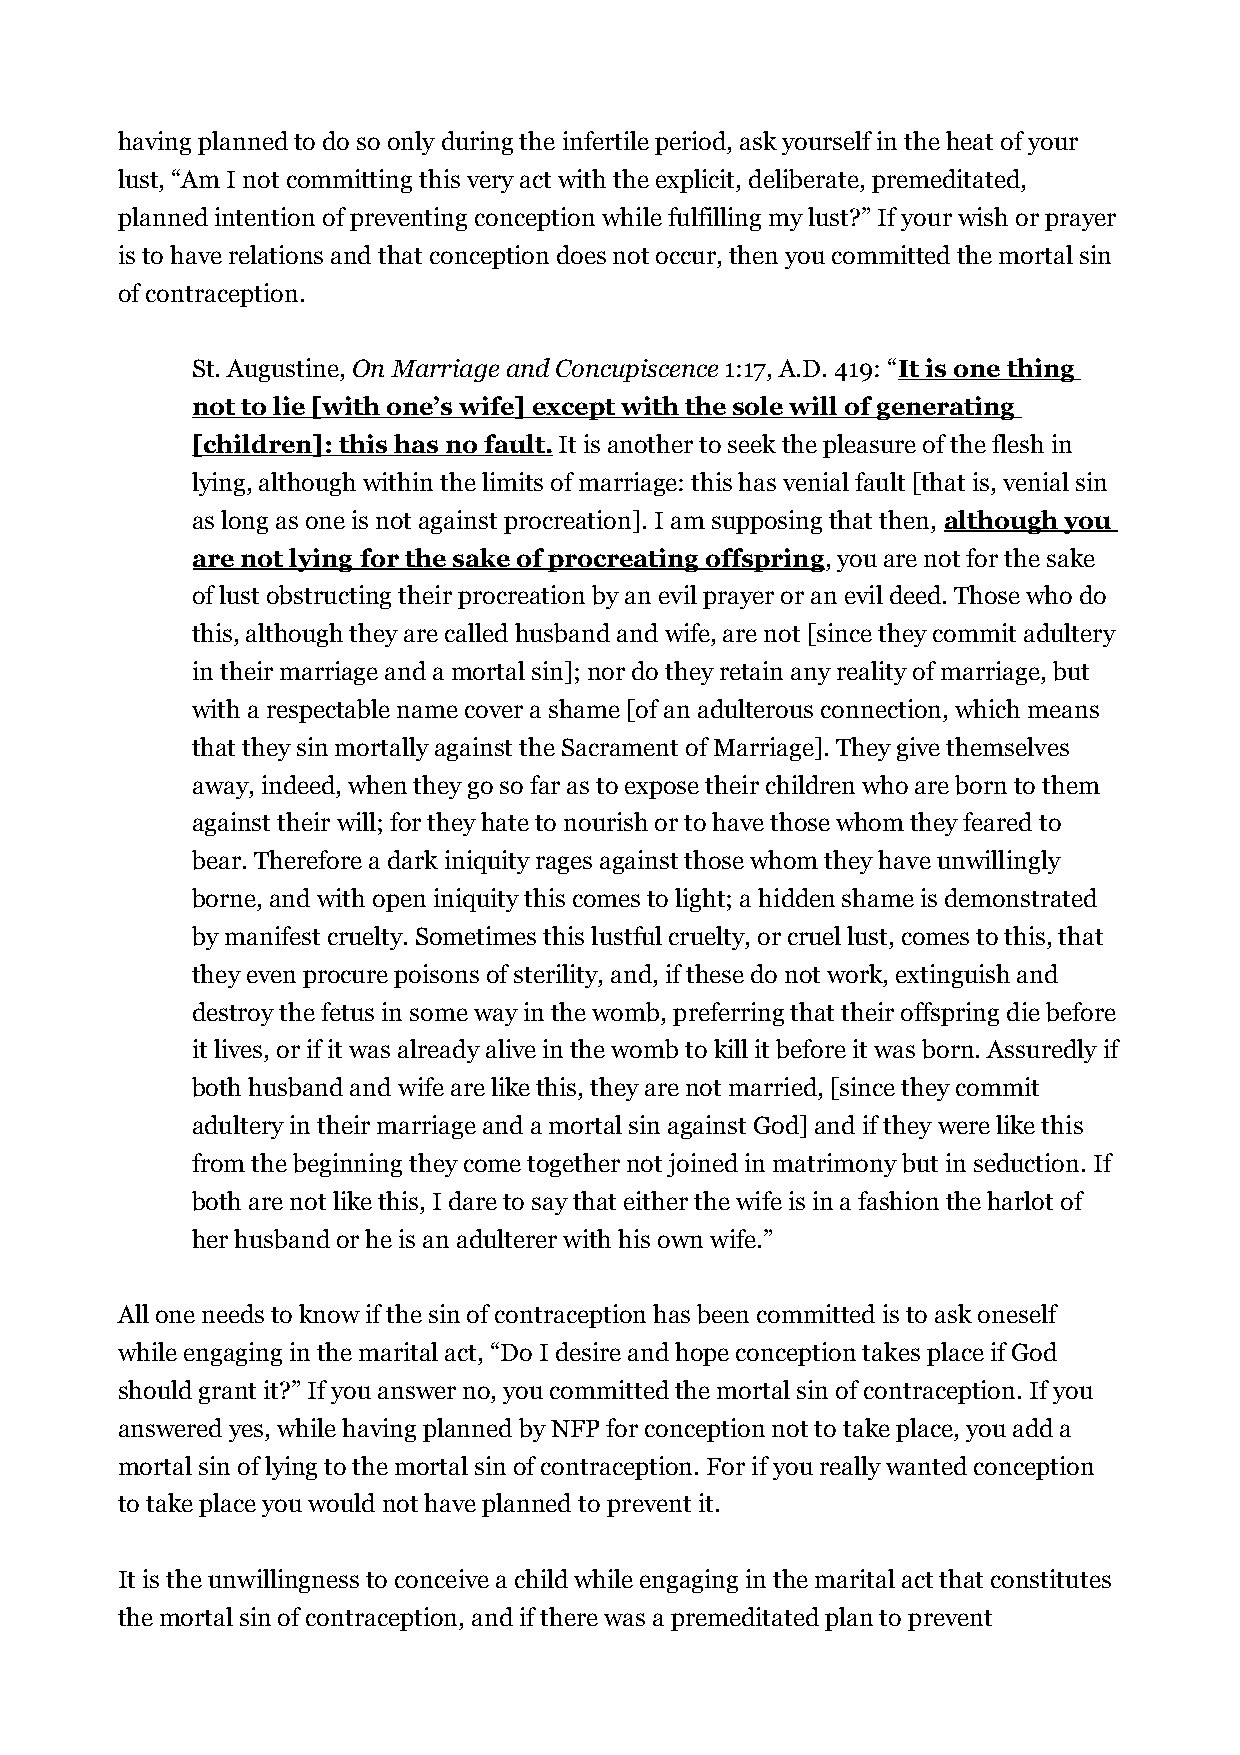
having planned to do so only during the infertile period, ask yourself in the heat of your
 lust, “Am I not committing this very act with the explicit, deliberate, premeditated,
 planned intention of preventing conception while fulfilling my lust?” If your wish or prayer
 is to have relations and that conception does not occur, then you committed the mortal sin
 of contraception.
 St. Augustine, On Marriage and Concupiscence 1:17, A.D. 419: “It is one thing
 not to lie [with one’s wife] except with the sole will of generating
 [children]: this has no fault. It is another to seek the pleasure of the flesh in
 lying, although within the limits of marriage: this has venial fault [that is, venial sin
 as long as one is not against procreation]. I am supposing that then, although you
 are not lying for the sake of procreating offspring, you are not for the sake
 of lust obstructing their procreation by an evil prayer or an evil deed. Those who do
 this, although they are called husband and wife, are not [since they commit adultery
 in their marriage and a mortal sin]; nor do they retain any reality of marriage, but
 with a respectable name cover a shame [of an adulterous connection, which means
 that they sin mortally against the Sacrament of Marriage]. They give themselves
 away, indeed, when they go so far as to expose their children who are born to them
 against their will; for they hate to nourish or to have those whom they feared to
 bear. Therefore a dark iniquity rages against those whom they have unwillingly
 borne, and with open iniquity this comes to light; a hidden shame is demonstrated
 by manifest cruelty. Sometimes this lustful cruelty, or cruel lust, comes to this, that
 they even procure poisons of sterility, and, if these do not work, extinguish and
 destroy the fetus in some way in the womb, preferring that their offspring die before
 it lives, or if it was already alive in the womb to kill it before it was born. Assuredly if
 both husband and wife are like this, they are not married, [since they commit
 adultery in their marriage and a mortal sin against God] and if they were like this
 from the beginning they come together not joined in matrimony but in seduction. If
 both are not like this, I dare to say that either the wife is in a fashion the harlot of
 her husband or he is an adulterer with his own wife.”
 All one needs to know if the sin of contraception has been committed is to ask oneself
 while engaging in the marital act, “Do I desire and hope conception takes place if God
 should grant it?” If you answer no, you committed the mortal sin of contraception. If you
 answered yes, while having planned by NFP for conception not to take place, you add a
 mortal sin of lying to the mortal sin of contraception. For if you really wanted conception
 to take place you would not have planned to prevent it.
 It is the unwillingness to conceive a child while engaging in the marital act that constitutes
 the mortal sin of contraception, and if there was a premeditated plan to prevent